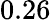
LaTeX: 0.26